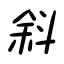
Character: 斜